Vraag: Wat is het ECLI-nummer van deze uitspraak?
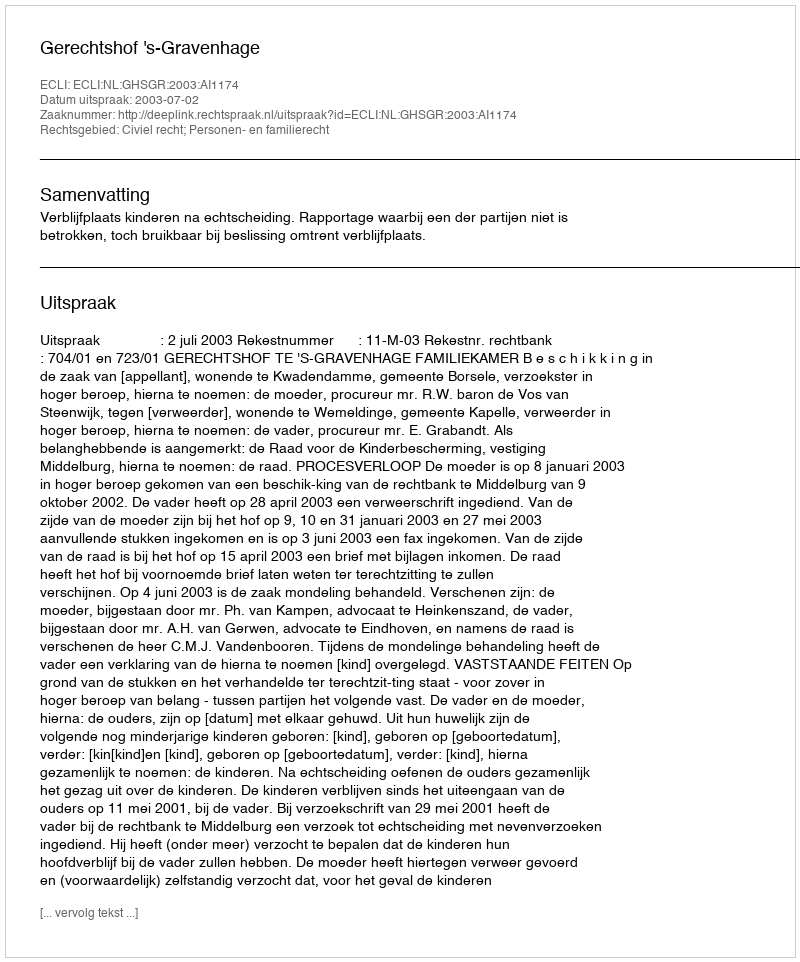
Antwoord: ECLI:NL:GHSGR:2003:AI1174